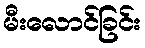
မီးလောင်ခြင်း